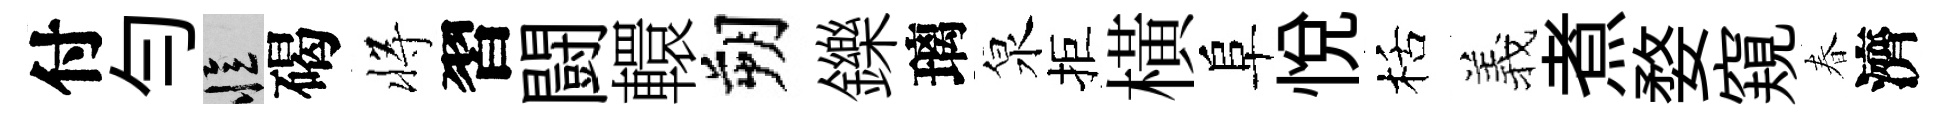
付勻忆碣将習闘轘朔鑠璃泉拒橫阜悦栝羲煮婺窺春濟